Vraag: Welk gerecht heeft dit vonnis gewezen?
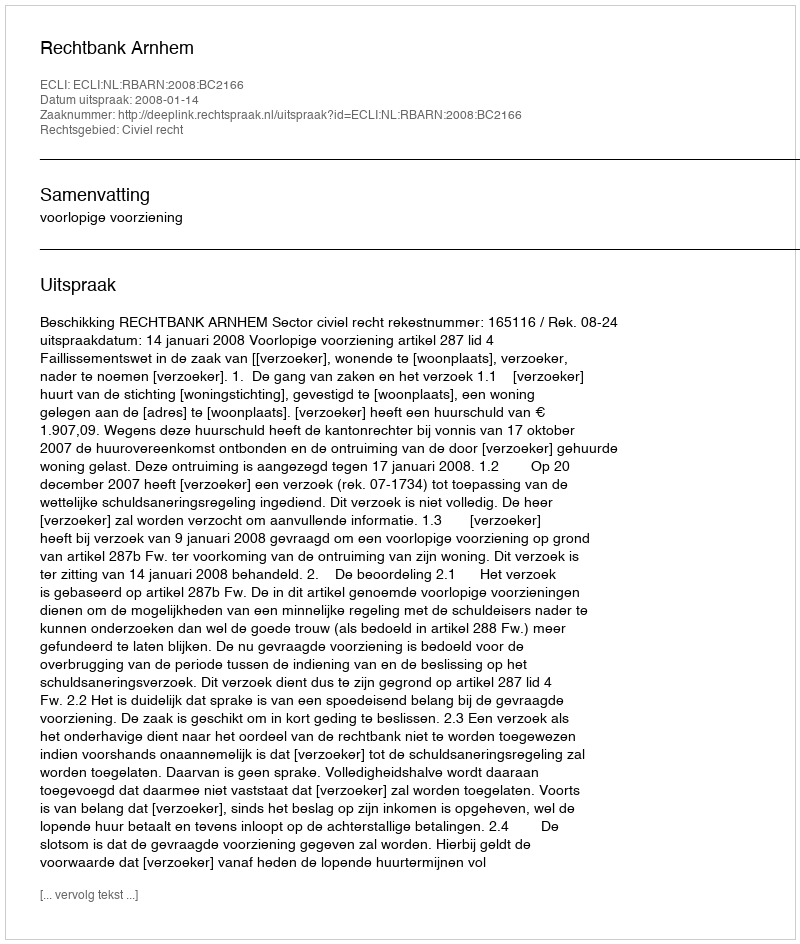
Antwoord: Rechtbank Arnhem